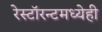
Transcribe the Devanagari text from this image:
रेस्टॉरन्टमध्येही